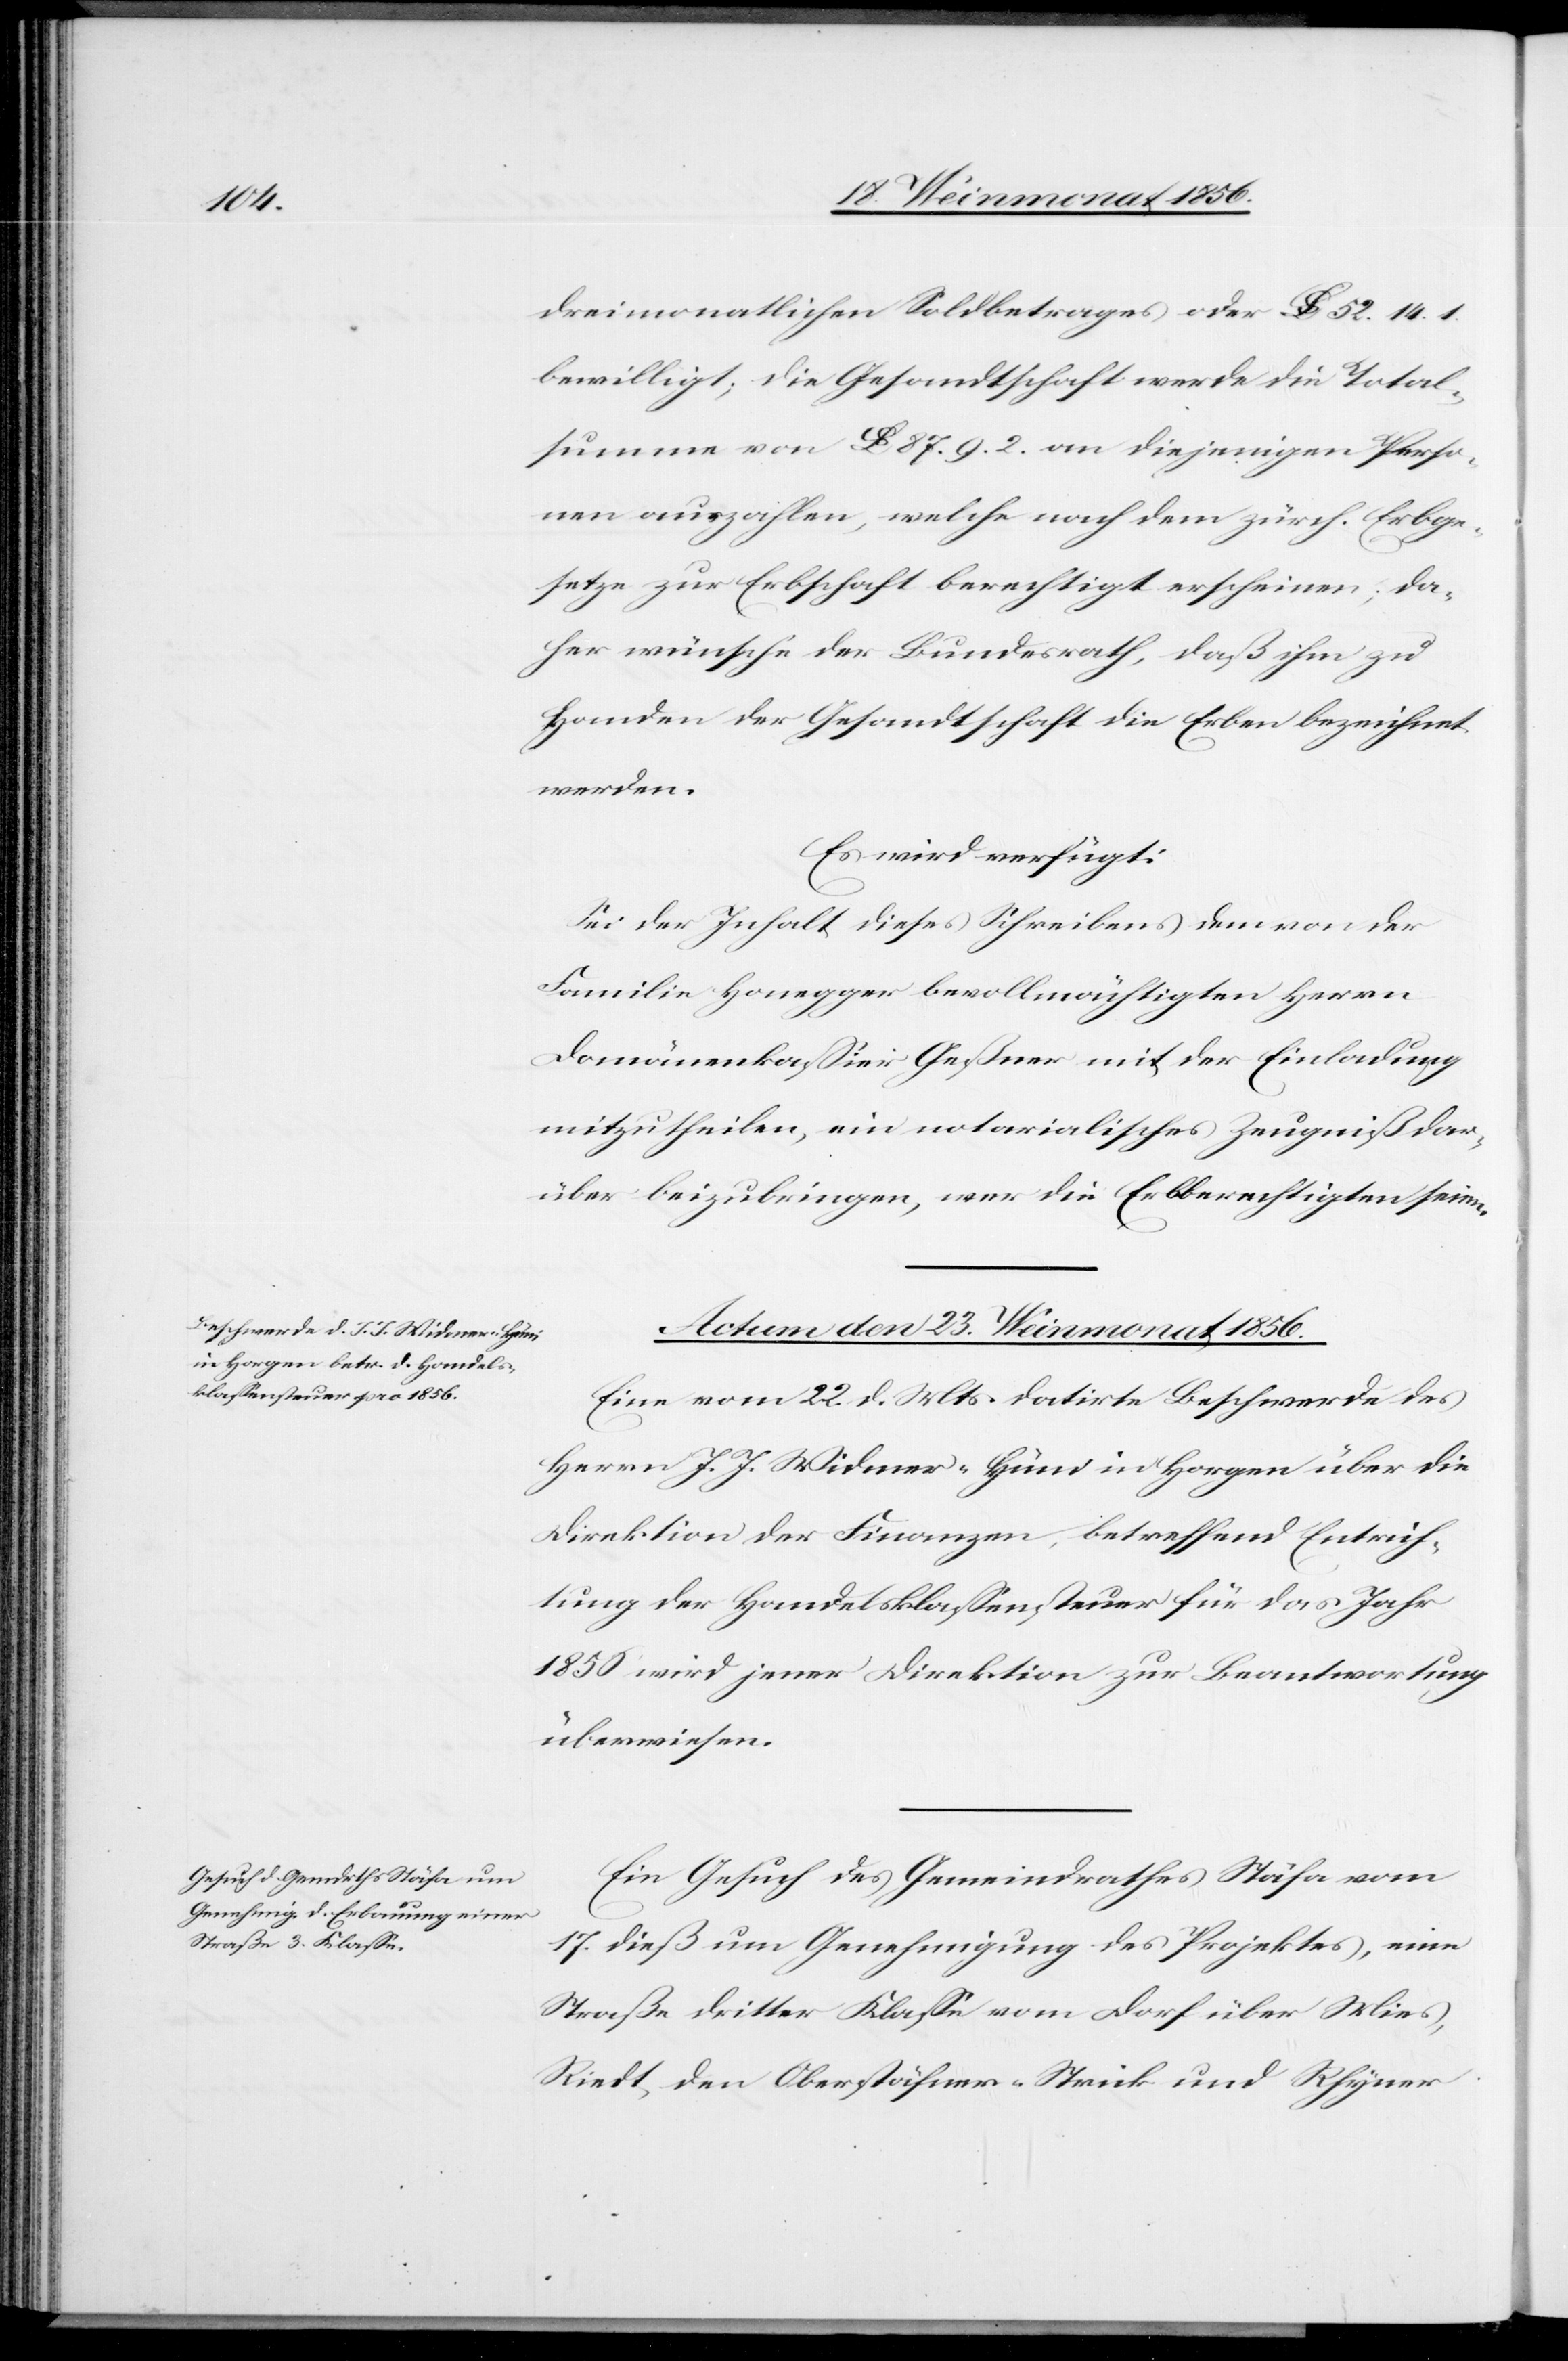
dreimonatlichen Soldbetrages oder lb 52. 14. 1.
bewilligt; die Gesandtschaft werde die Total¬
summe von lb 87. 9. 2. an diejenigen Perso¬
nen auszahlen, welche nach dem zürch. Erbge¬
setze zur Erbschaft berechtigt erscheinen; da¬
her wünsche der Bundesrath, daß ihm zu
Handen der Gesandtschaft die Erben bezeichnet
werden.
Es wird verfügt:
Sei der Inhalt dieses Schreibens dem von der
Familie Honegger bevollmächtigten Herrn
Domänenkassier Geßner mit der Einladung
mitzutheilen, ein notarialisches Zeugniß dar¬
über beizubringen, wer die Erbberechtigten seien.
Actum den 23. Weinmonat 1856.]
Eine vom 22. d. Mts. datirte Beschwerde des
Herrn J. J. Widmer-Hüni in Horgen über die
Direktion der Finanzen, betreffend Entrich¬
tung der Handelsklassensteuer für das Jahr
1856 wird jener Direktion zur Beantwortung
überwiesen.
Ein Gesuch des Gemeindrathes Stäfa vom
17. dieß um Genehmigung des Projektes, eine
Straße dritter Klasse vom Dorf über Mies,
Riedt, den Oberstäfner-Strick und Rhyner